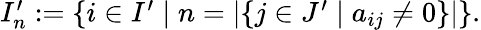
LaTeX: \begin{array}{r}{I_{n}^{\prime}:=\{ i\in I^{\prime}\mid n=\left|\{ j\in J^{\prime}\mid a_{ij}\neq 0\} \right|\} .}\end{array}